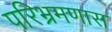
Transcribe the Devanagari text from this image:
परिभ्रमणास